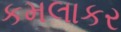
કમલાકર